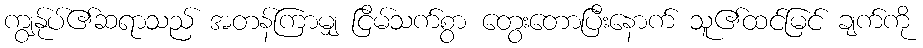
ကျွန်ုပ်၏ဆရာသည် အတန်ကြာမျှ ငြိမ်သက်စွာ တွေးတောပြီးနောက် သူ၏ထင်မြင် ချက်ကို